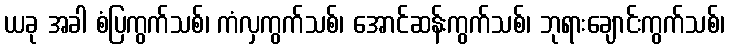
ယခု အခါ စံပြကွက်သစ်၊ ကံလှကွက်သစ်၊ အောင်ဆန်းကွက်သစ်၊ ဘုရားချောင်းကွက်သစ်၊